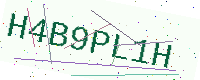
Text: H4B9PL1H